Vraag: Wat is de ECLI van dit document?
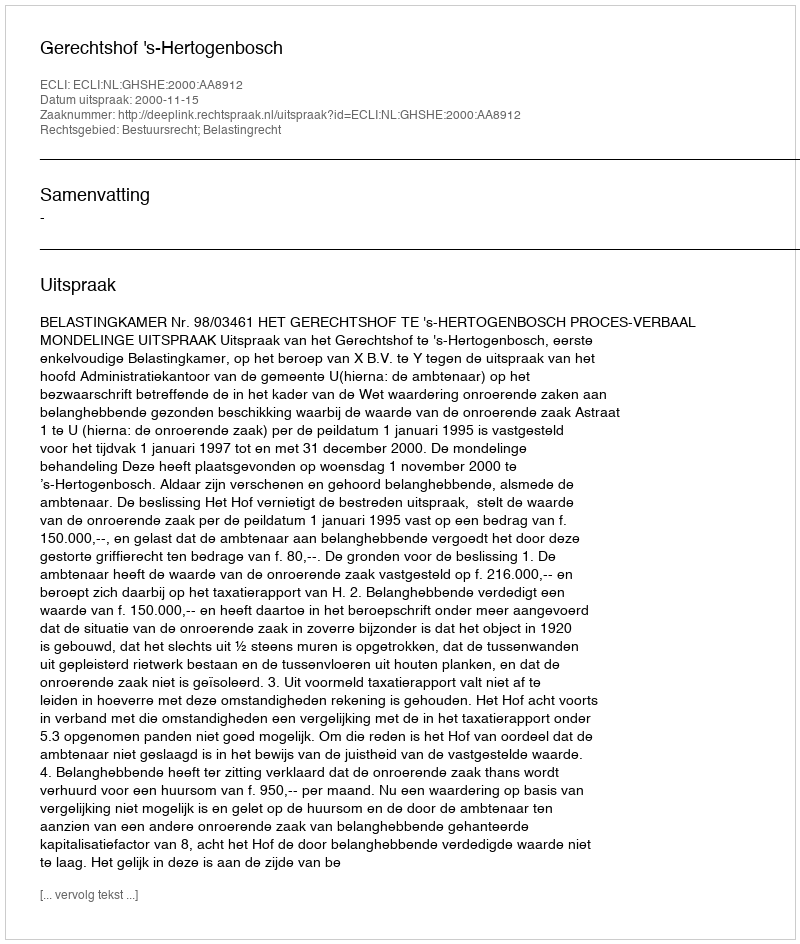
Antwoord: ECLI:NL:GHSHE:2000:AA8912